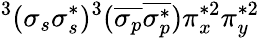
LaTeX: ^3(\sigma_{s}\sigma_{s}^{*})^{3}(\overline{{\sigma_{p}}}\overline{{\sigma_{p}^{*}}})\pi_{x}^{*2}\pi_{y}^{*2}